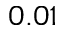
0 . 0 1